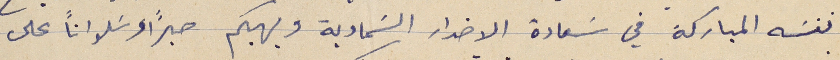
نفسَه المباركة في سَعادة الاضداد السَماوية ويهبكم صبرًا وسَلوانًا على